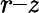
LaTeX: r–\mathit{z}